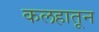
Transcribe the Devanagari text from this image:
कलहातून